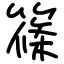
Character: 篠